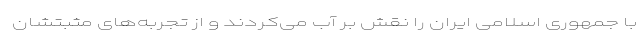
با جمهوری اسلامی ایران را نقش بر آب می‌کردند و از تجربه‌های مثبتشان